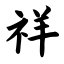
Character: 祥